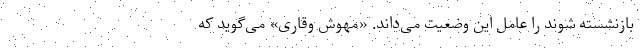
بازنشسته شوند را عامل این وضعیت می‌داند. «مهوش وقاری» می‌گوید که